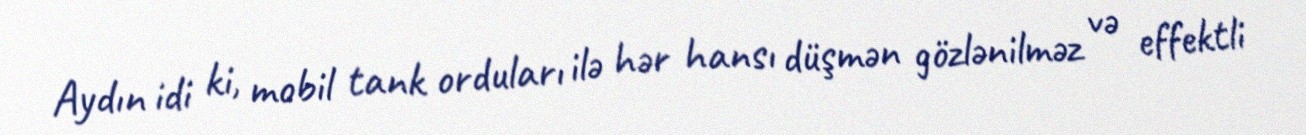
Aydın idi ki, mobil tank orduları ilə hər hansı düşmən gözlənilməz və effektli